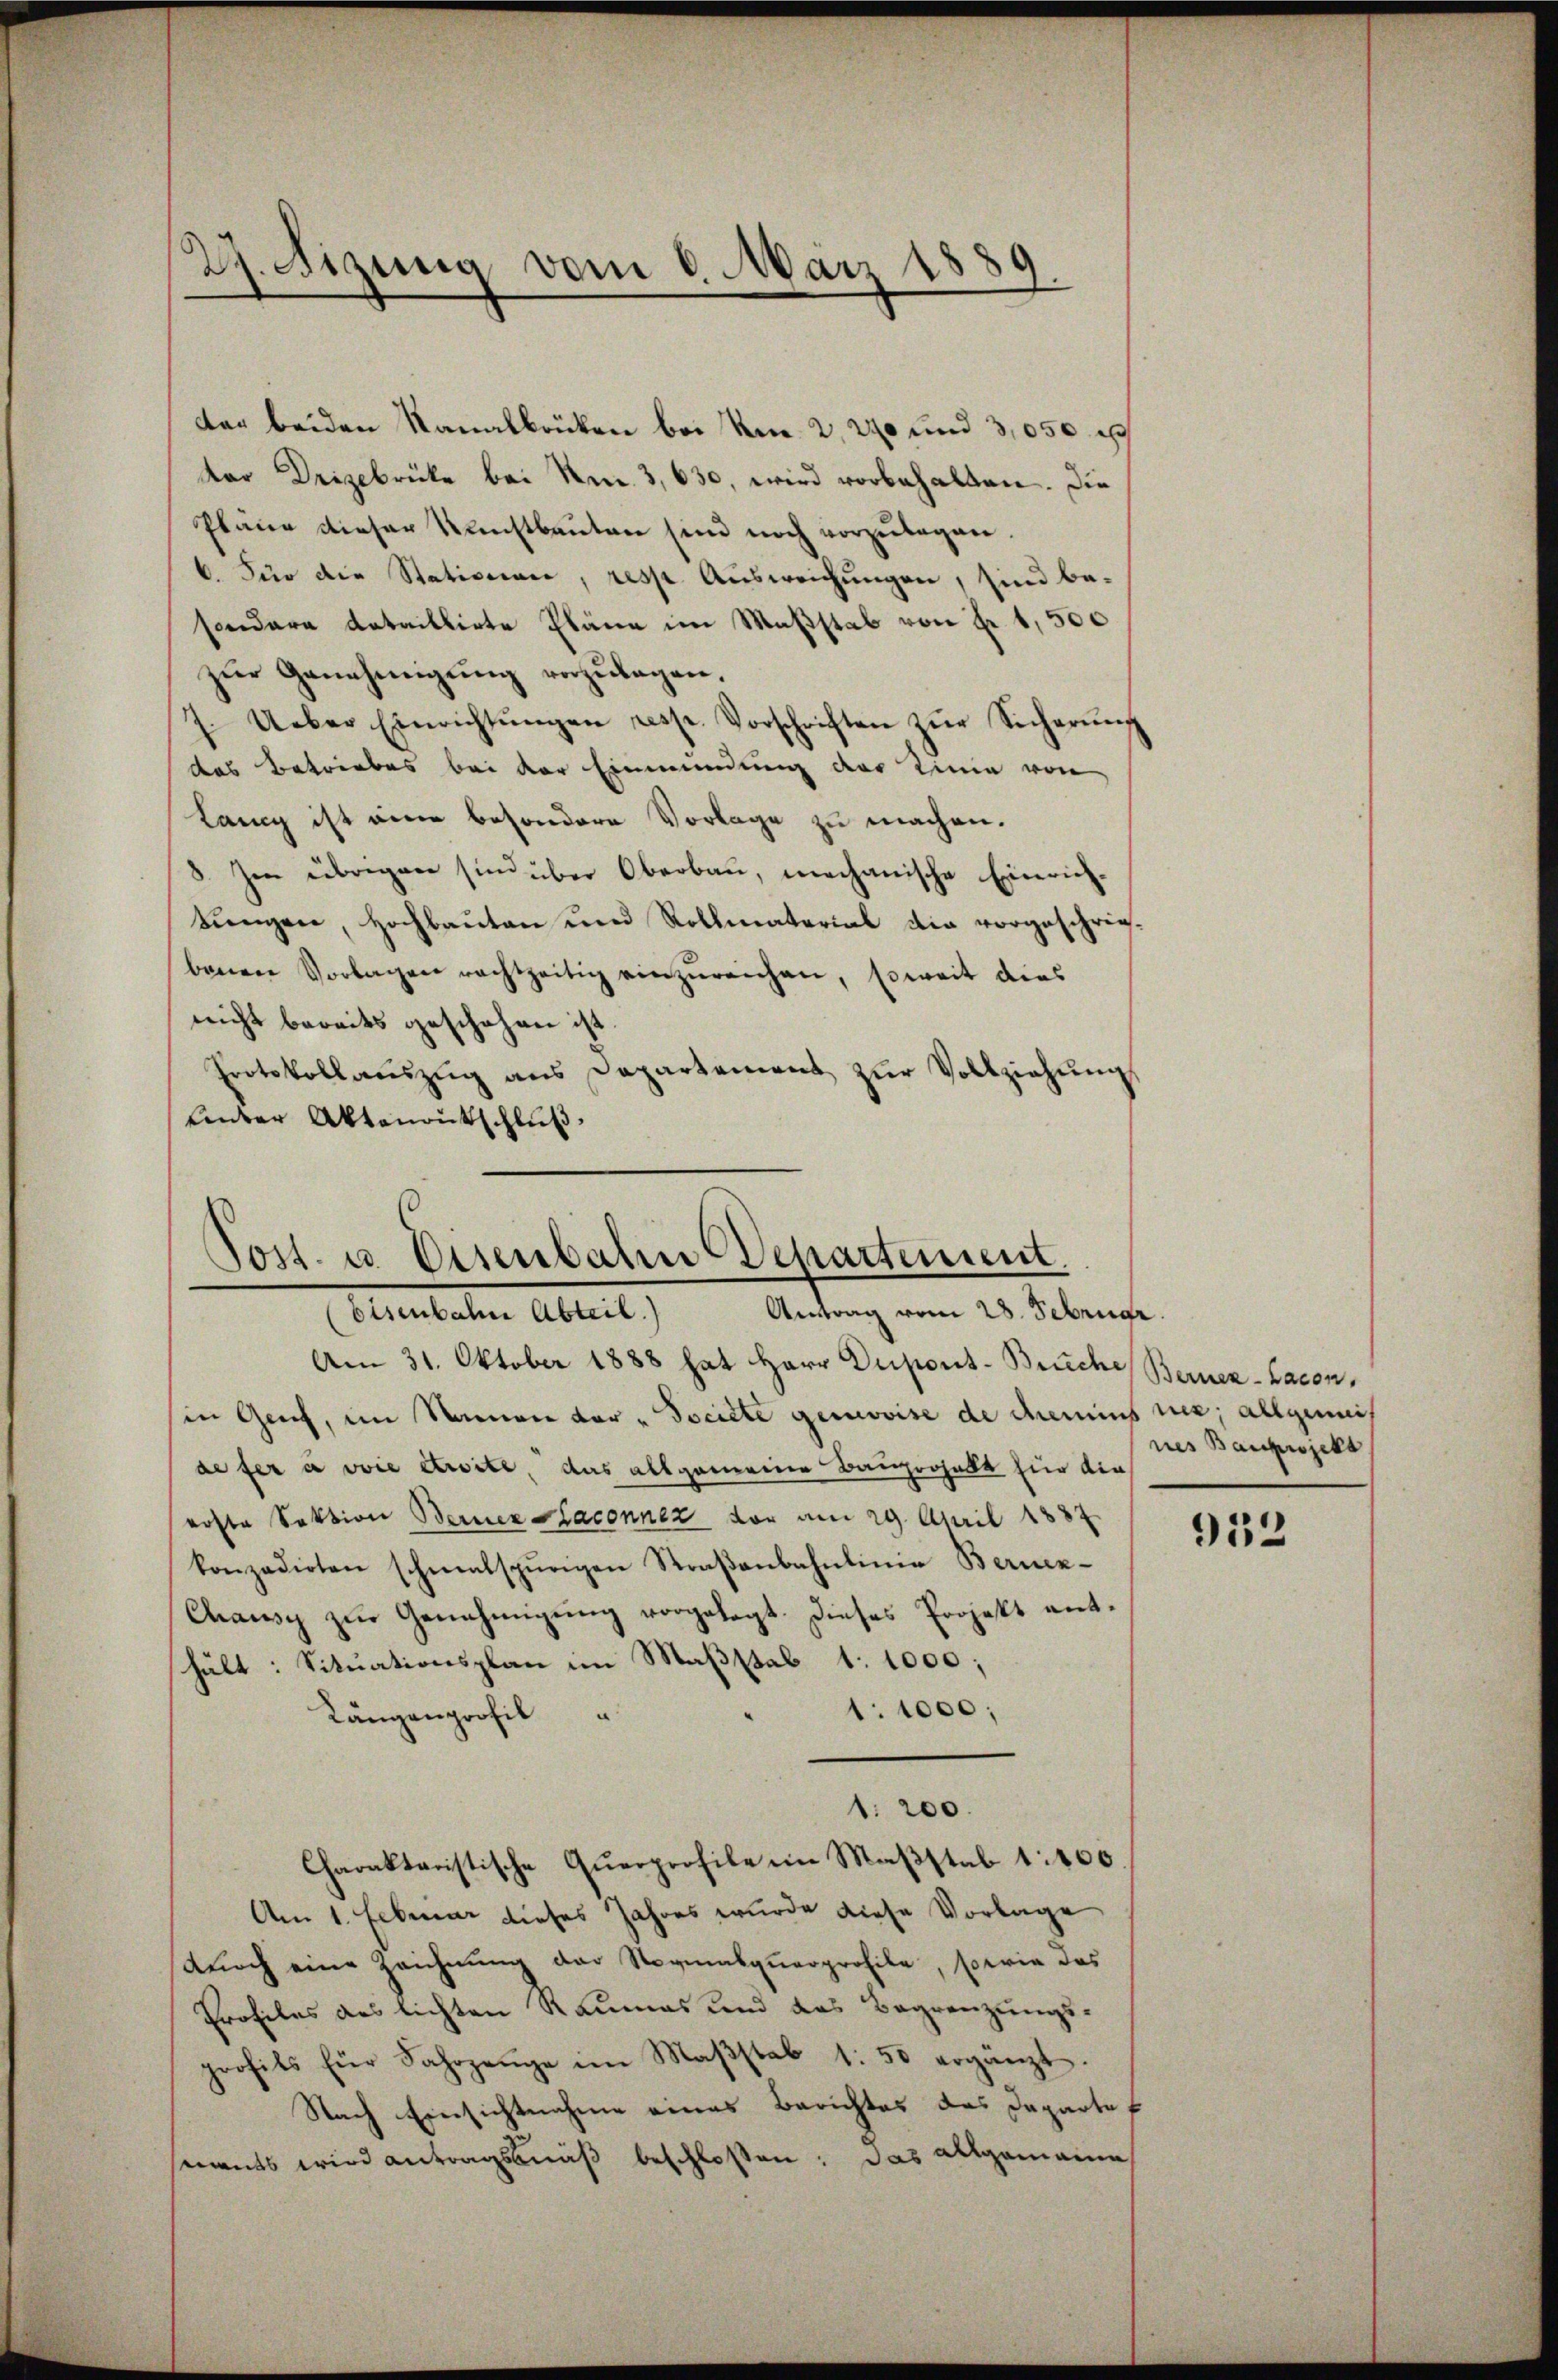
27. Nizung vom 6. März 1889

dar beiden Kanalbrücken bei Kr. 2, 270 und 3,050 p
dar Deigebrücke bei Nm. 3, 630, wird vorbehalten. Die
Pläne dieser Kunstbauten sind noch vorzulegen.
6. Für die Stationare, resp. Ausweichungen, sind be-
sondere dataillirte Pläne im Maßstab von Fr. 1,500
zŭr Genehmigŭng vorzŭlagen,
7. Ueber Einrichtŭngen resp. Vorschriften zŭr Sicherŭng
das Betriebes bei der Einmündung der Linie von
Lany ist eine besondere Vorlage zu machen.
3. Im übrigen sind über Oberbau, mechanische Einrichbungen, Hochbauten und Rollmaterial die vorgeschriebenen Vorlagen rachtzeitig einzŭreichen, soweit dies
nicht bereits geschehen ist.
Protokollaŭszŭg ans Departement zŭr Vollziehŭng
Einter Aktenantschluß.

Post. u. Eisenbahre Departement.
Antrag vom 28. Februar.
oisenbahn Abteil)

Am 31. Oktober 1888 hat Herr Dupons- Bruche Berner-Lacon
sin Genf, im Namen der - Societe gerovise de dens nie, allgemeis
defer a voie etwite, das allgemeine Bauerhalt für die
erste Sektion Berner Saconner vor am 29. April 1887
konzedirten schmalspurigen Straβenbahnlinie Bernen-
Chause zŭr Genehmigŭng vorgelegt. Dieses Projekt ent-
hält: Situationsplan im Maßstab 1:1000;
1: 1000;
Längenprofil
1: 200.
Charakteristische Querprofile ein Maßstab 1:100
Am 1. Februar dieses Jahres wurde diese Vorlage
Buoch eine Zeichnung der Sozialquarprofile, sowie das
Profiles aus lichten Raumes und das Begrenzungs-
profils für Fahrzeŭge im Maβstab 1: 50 ergänzt.
Nach Einsichtnahme eines Berichtes das Departof
seits wird antragsmäß beschloßen: Das allgemeine

nes Bauprojekt

952